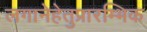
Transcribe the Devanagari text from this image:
लगानेहेतुप्रारम्भिक